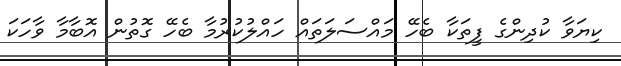
ކިޔަވާ ކުދިންގެ ފީތަކާ ބެހޭ މައްސަލަތައް ހައްލުކުރުމާ ބެހޭ ގޮތުން އޮބާމާ ވާހަކަ